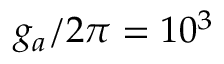
g _ { a } / 2 \pi = 1 0 ^ { 3 }